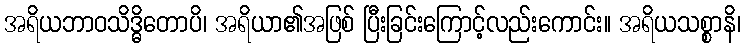
အရိယဘာဝသိဒ္ဓိတောပိ၊ အရိယာ၏အဖြစ် ပြီးခြင်းကြောင့်လည်းကောင်း။ အရိယသစ္စာနိ၊